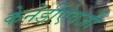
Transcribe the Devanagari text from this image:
केनेडींऐवजी